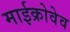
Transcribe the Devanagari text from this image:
माईक्रोवेव